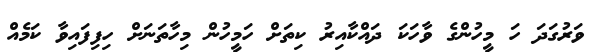
ވަރުގަދަ ހަ މީހުންގެ ވާހަކަ ދައްކާއިރު ކިތަށް ހަމީހުން މިހާތަނަށް ހިފިފައިވާ ކަމެއް